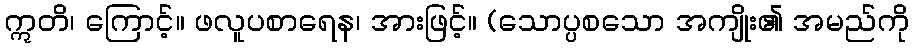
ဣတိ၊ ကြောင့်။ ဖလူပစာရေန၊ အားဖြင့်။ (သောပ္ပစသော အကျိုး၏ အမည်ကို